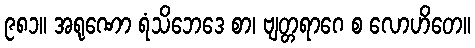
၉၈၁။ အရုဏော ရံသိဘေဒေ စာ၊ ဗျတ္တရာဂေ စ လောဟိတေ။